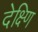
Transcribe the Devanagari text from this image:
देक्ष्णि